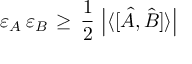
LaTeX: \varepsilon _ { A } \, \varepsilon _ { B } \, \geq \, { \frac { 1 } { 2 } } \, \left| \langle [ { \hat { A } } , { \hat { B } } ] \rangle \right|